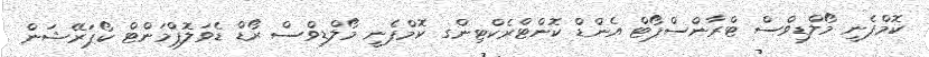
ކޮމްޕެނީ މޯލްޑިވްސް ޓްރާންސްޕޯޓް އެންޑް ކޮންޓްރެކްޓިންގ ކޮމްޕެނީ މޯލްޑިވްސް ރޯޑް ޑެވަލޮޕްމަންޓް ކޯޕަރޭޝަން